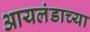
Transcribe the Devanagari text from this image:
आयलंडाच्या